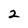
Character: 2